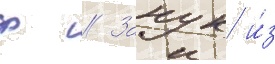
ф // Занук и́з